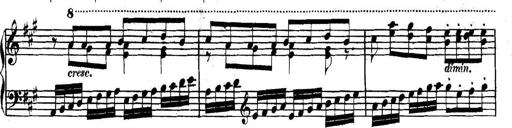
Title: Collected Piano Sonatas
Composer: Muzio Clementi